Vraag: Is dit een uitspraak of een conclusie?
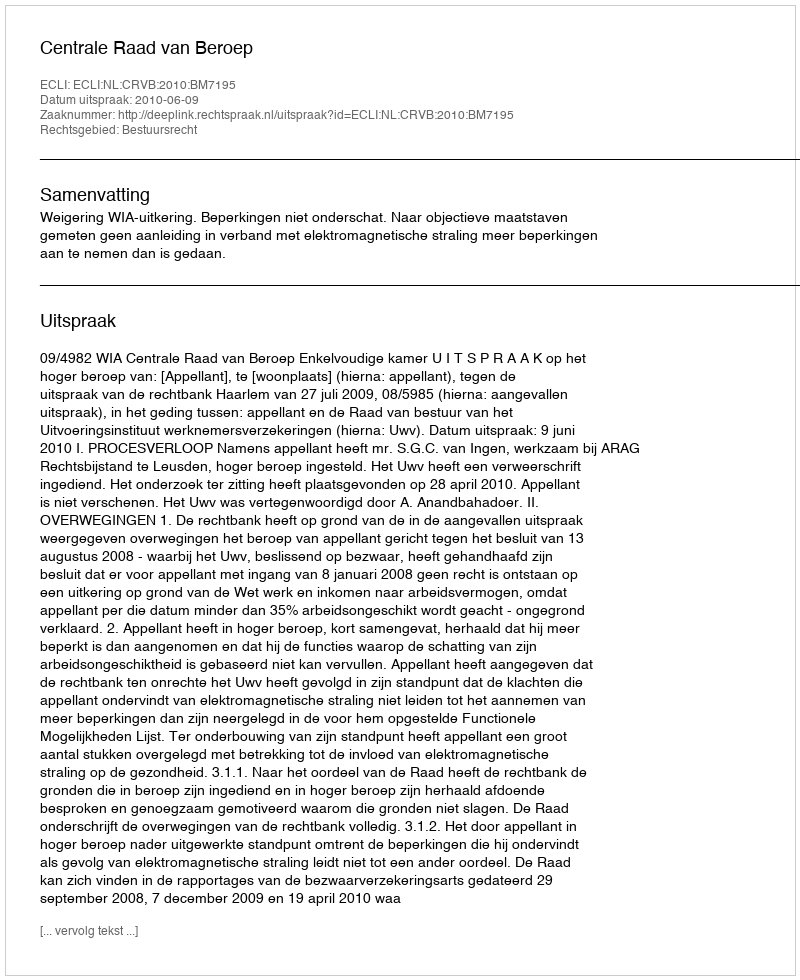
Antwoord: Uitspraak